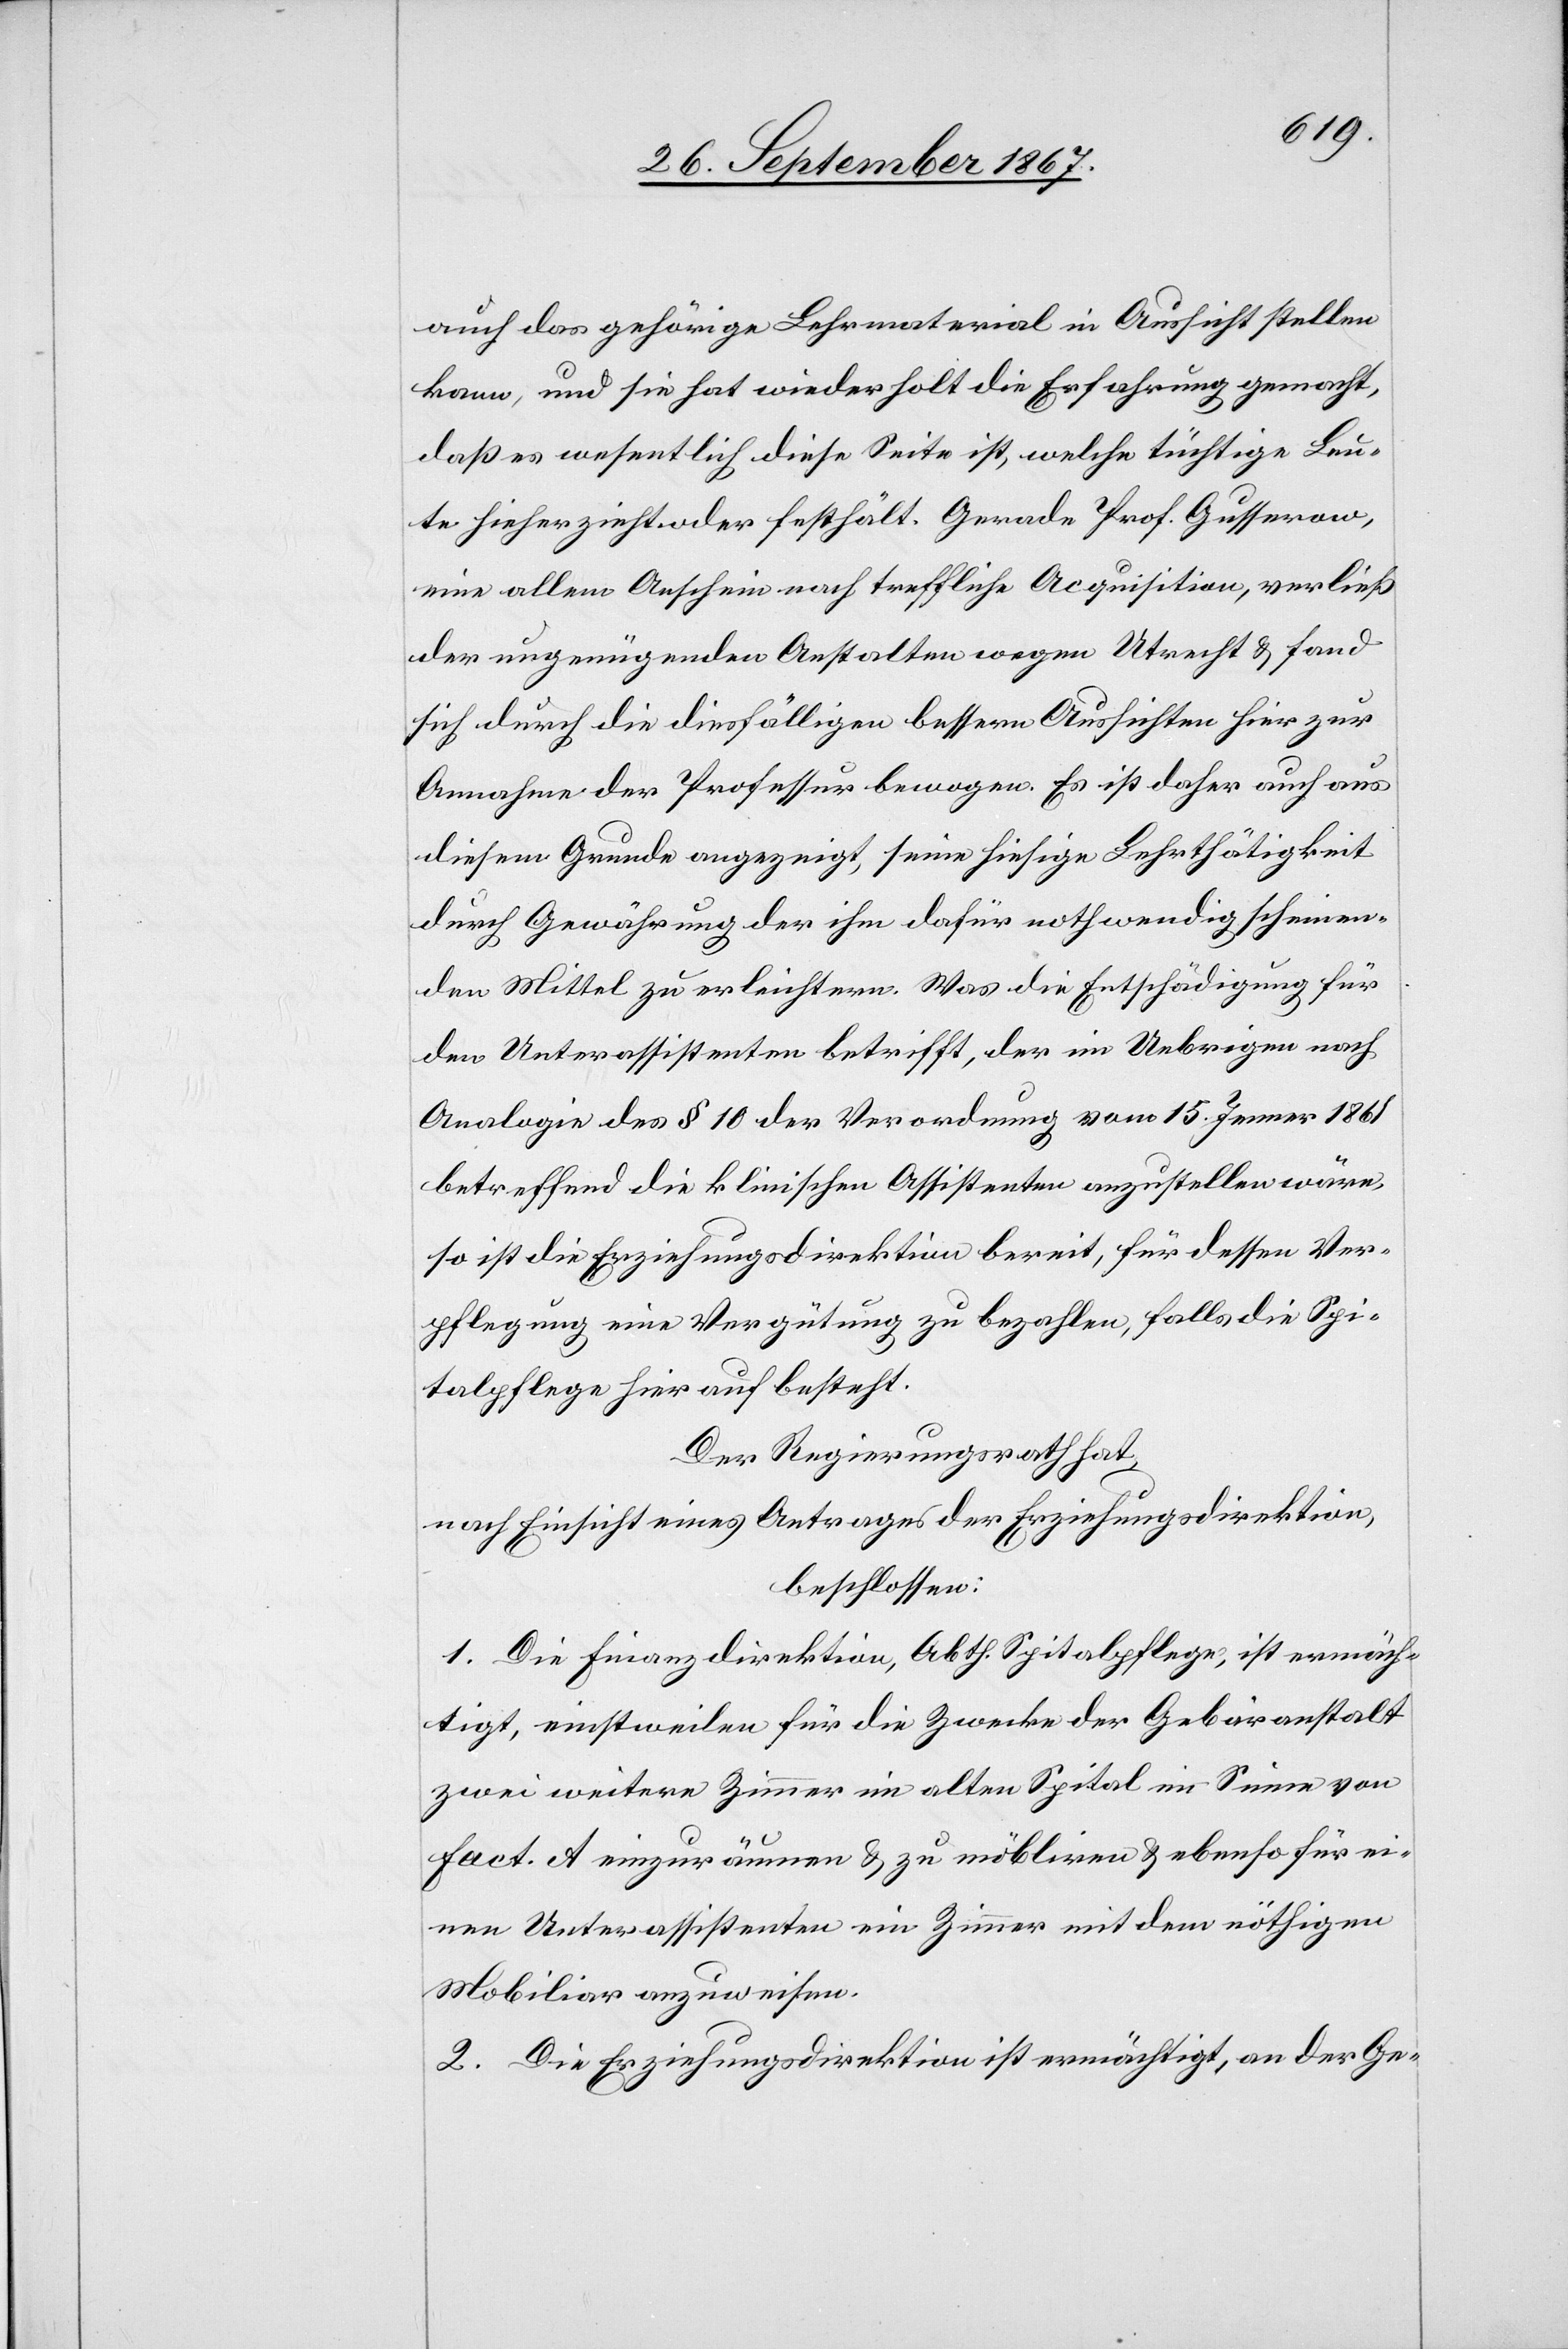
auch das gehörige Lehrmaterial in Aussicht stellen
kann, und sie hat wiederholt die Erfahrung gemacht,
daß es wesentlich diese Seite ist, welche tüchtige Leu¬
te hieher zieht oder festhält. Gerade Prof. Gusserow,
eine allem Anschein nach treffliche Acquisition, verließ
der ungenügenden Anstalten wegen Utrecht u. fand
sich durch die diesfälligen bessern Aussichten hier zur
Annahme der Professur bewogen. Es ist daher auch aus
diesem Grunde angezeigt, seine hiesige Lehrthätigkeit
durch Gewährung der ihm dafür nothwendig scheinen¬
den Mittel zu erleichtern. Was die Entschädigung für
den Unterassistenten betrifft, der im Uebrigen nach
Analogie des § 10 der Verordnung vom 15. Jenner 1861
betreffend die klinischen Assistenten anzustellen wäre,
so ist die Erziehungsdirektion bereit, für dessen Ver¬
pflegung eine Vergütung zu bezahlen, falls die Spi¬
talpflege hier auf besteht.
Der Regierungsrath hat,
nach Einsicht eines Antrages der Erziehungsdirektion,
beschlossen:
1. Die Finanzdirektion, Abth. Spitalpflege, ist ermäch¬
tigt, einstweilen für die Zwecke der Gebäranstalt
zwei weitere Zimmer im alten Spital im Sinne von
Fact. A einzuräumen u. zu möbiliren u. ebenso für ei¬
nen Unterassistenten ein Zimmer mit dem nöthigen
Mobiliar anzuweisen.
2. Die Erziehungsdirektion ist ermächtigt, an der Ge-